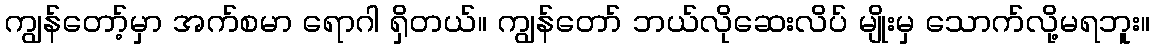
ကျွန်တော့်မှာ အက်စမာ ရောဂါ ရှိတယ်။ ကျွန်တော် ဘယ်လိုဆေးလိပ် မျိုးမှ သောက်လို့မရဘူး။